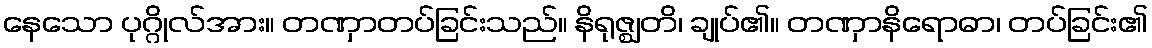
နေသော ပုဂ္ဂိုလ်အား။ တဏှာတပ်ခြင်းသည်။ နိရုဇ္ဈတိ၊ ချုပ်၏။ တဏှာနိရောဓာ၊ တပ်ခြင်း၏